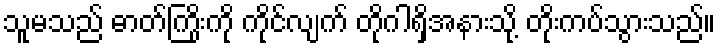
သူမသည် ဓာတ်ကြိုးကို ကိုင်လျက် တိုဂါရှိအနားသို့ တိုးကပ်သွားသည်။